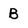
Character: B